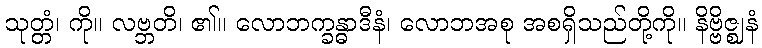
သုတ္တံ၊ ကို။ လဗ္ဘတိ၊ ၏။ လောဘက္ခန္ဓာဒီနံ၊ လောဘအစု အစရှိသည်တို့ကို။ နိဗ္ဗိဇ္ဈနံ